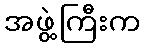
အဖွဲ့ကြီးက